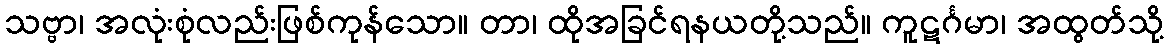
သဗ္ဗာ၊ အလုံးစုံလည်းဖြစ်ကုန်သော။ တာ၊ ထိုအခြင်ရနယတို့သည်။ ကူဋင်္ဂမာ၊ အထွတ်သို့